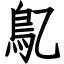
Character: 鳦